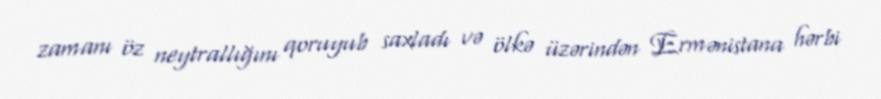
zamanı öz neytrallığını qoruyub saxladı və ölkə üzərindən Ermənistana hərbi